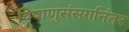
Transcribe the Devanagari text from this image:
विषाणुसंसर्गानंतर